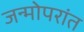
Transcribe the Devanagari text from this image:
जन्मोपरांत